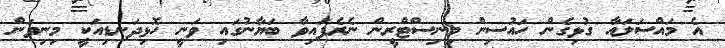
އެ މައްސަލައާ ގުޅިގެން ހައުސިން މިނިސްޓްރީން ނެރެފައިވާ ބަޔާނުގައި ވަނީ ހޮޅިދަނޑިއަކީ މިނިވަން